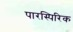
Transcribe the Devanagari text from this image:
पारस्पिरिक